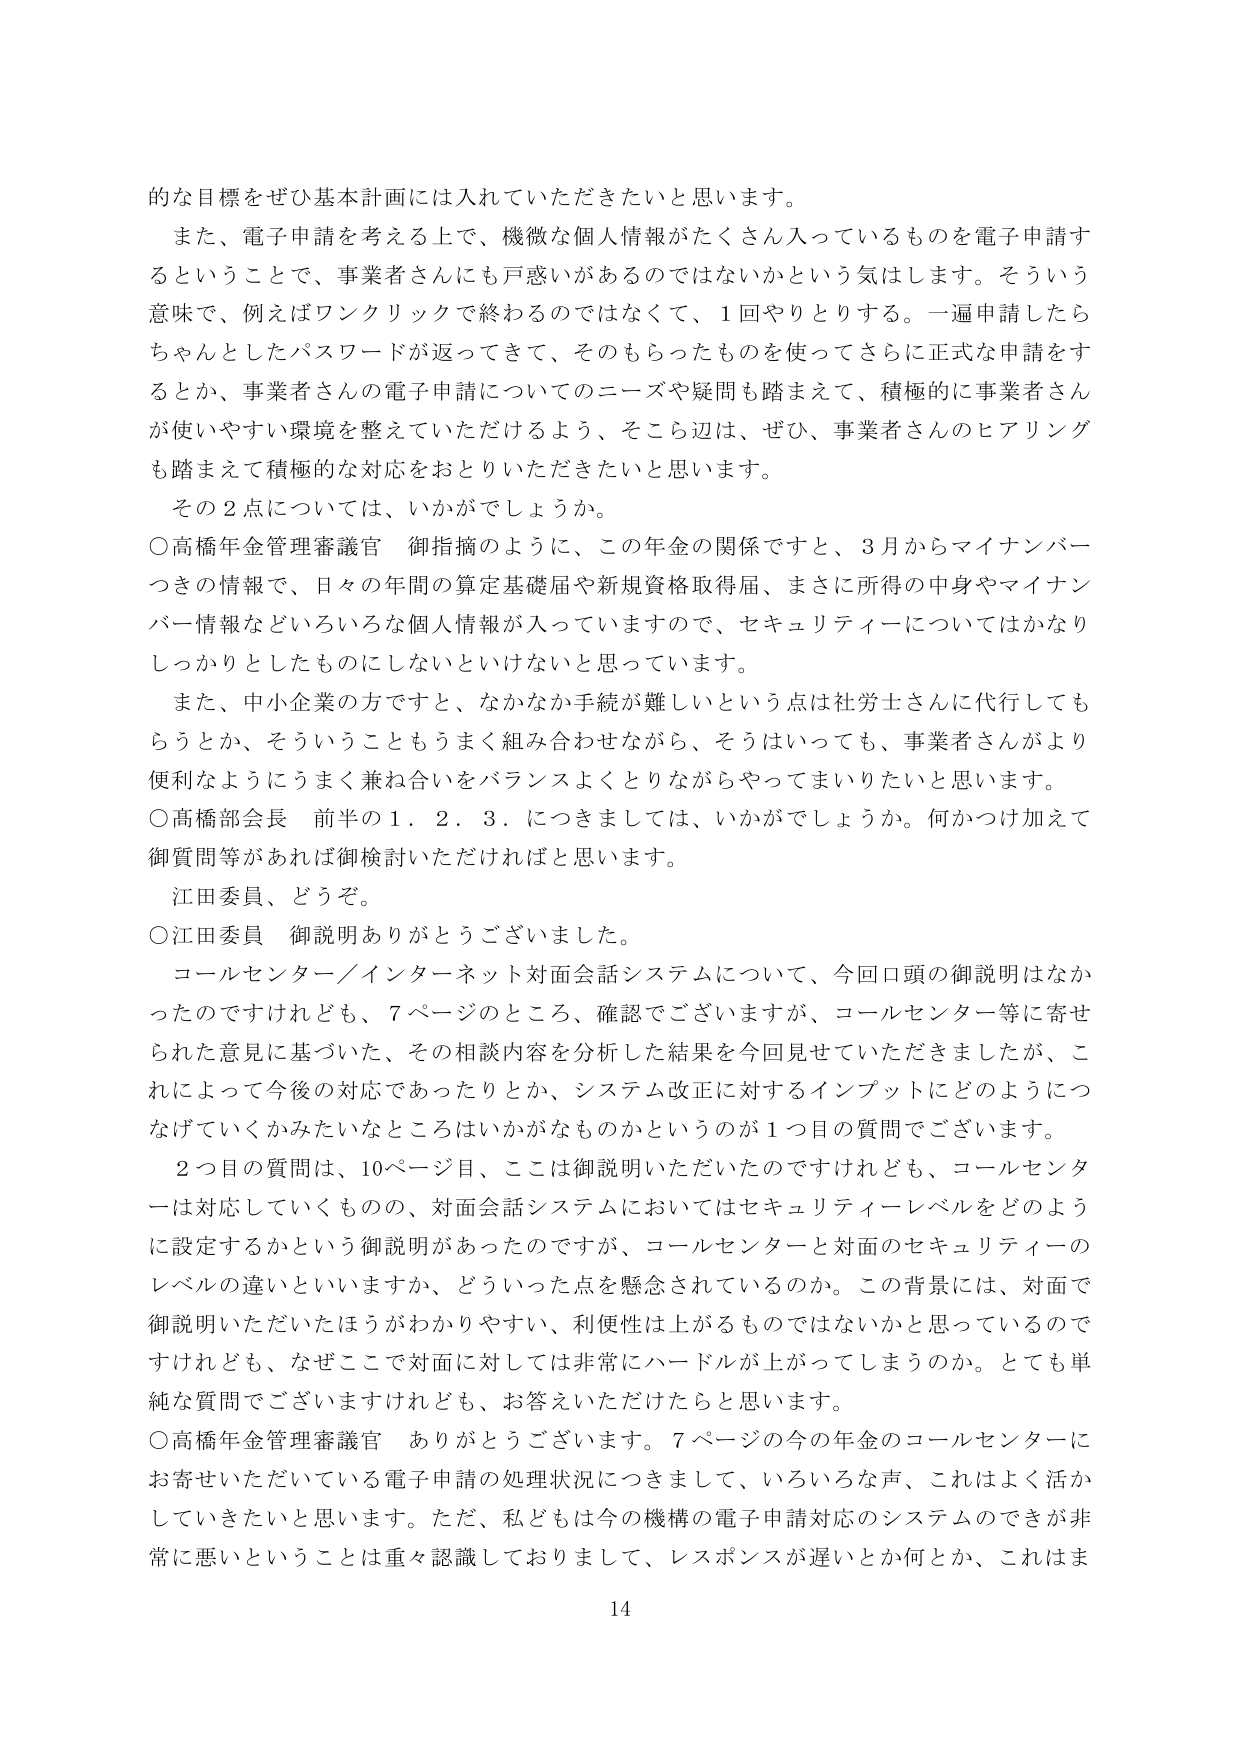
的な目標をぜひ基本計画には入れていただきたいと思います。

また、電子申請を考える上で、機微な個人情報がたくさん入っているものを電子申請するということで、事業者さんにも戸惑いがあるのではないかという気はします。そういう意味で、例えばワンクリックで終わるのではなくて、1回やりとりする。一遍申請したらちゃんとしたパスワードが返ってきて、そのもらったものを使ってさらに正式な申請をするとか、事業者さんの電子申請についてのニーズや疑問も踏まえて、積極的に事業者さんが使いやすい環境を整えていただけるよう、そこら辺は、ぜひ、事業者さんのヒアリングも踏まえて積極的な対応をおとりいただきたいと思います。

その2点については、いかがでしょうか。

○高橋年金管理審議官 御指摘のように、この年金の関係ですと、3月からマイナンバーつきの情報で、日々の年間の算定基礎届や新規資格取得届、まさに所得の中身やマイナンバー情報などいろいろな個人情報が入っていますので、セキュリティについてはかなりしっかりとしたものにしないといけないと思っています。

また、中小企業の方ですと、なかなか手続が難しいという点は社労士さんに代行してもらうとか、そういうこともうまく組み合わせながら、そうはいっても、事業者さんがより便利なようにうまく兼ね合いをバランスよくとりながらやってまいりたいと思います。

○高橋部会長 前半の1．2．3．につきましては、いかがでしょうか。何かつけ加えて御質問等があれば御検討いただければと思います。

江田委員、どうぞ。

○江田委員 御説明ありがとうございました。

コールセンター／インターネット対面会話システムについて、今回口頭の御説明はなかったのですけれども、7ページのところ、確認でございますが、コールセンター等に寄せられた意見に基づいた、その相談内容を分析した結果を今回見せていただきましたが、これによって今後の対応であったりとか、システム改正に対するインプットにどのようにつなげていくかみたいなところはいかがなものかというのが1つ目の質問でございます。

2つ目の質問は、10ページ目、ここは御説明いただいたのですけれども、コールセンターは対応していくものの、対面会話システムにおいてはセキュリティーレベルをどのように設定するかという御説明があったのですが、コールセンターと対面のセキュリティのレベルの違いといいますか、どういった点を懸念されているのか。この背景には、対面で御説明いただいたほうがわかりやすい、利便性は上がるものではないかと思っているのですけれども、なぜここで対面に対しては非常にハードルが上がってしまうのか。とても単純な質問でございますけれども、お答えいただけたらと思います。

○高橋年金管理審議官 ありがとうございます。7ページの今の年金のコールセンターにお寄せいただいている電子申請の処理状況につきまして、いろいろな声、これはよく活かしていきたいと思います。ただ、私どもは今の機構の電子申請対応のシステムのできが非常に悪いということは重々認識しておりまして、レスポンスが遅いとか何とか、これはま

14